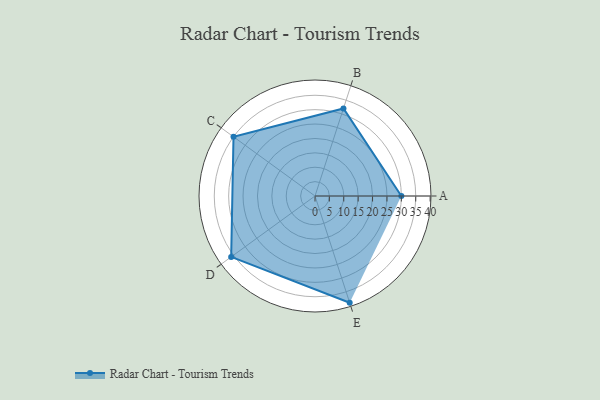
{"axis": {"x": "Skill", "y": "Score"}, "legend": ["Profile"], "data": [{"x": "A", "y": 30.0, "type": "Profile"}, {"x": "B", "y": 32.0, "type": "Profile"}, {"x": "C", "y": 35.0, "type": "Profile"}, {"x": "D", "y": 36.0, "type": "Profile"}, {"x": "E", "y": 39.0, "type": "Profile"}]}